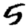
Digit: 5